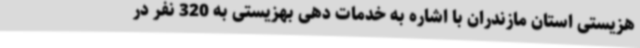
هزیستی استان مازندران با اشاره به خدمات دهی بهزیستی به 320 نفر در